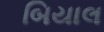
બિયાલ